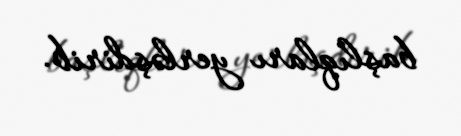
başlıqları yerləşdirib.